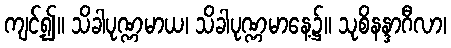
ကျင့်၍။ သိခါပုဏ္ဏမာယ၊ သိခါပုဏ္ဏမာနေ့၌။ သုစိနန္ဒာဂီလာ၊